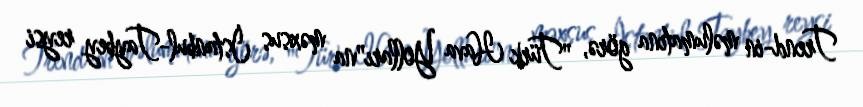
Trend-in məlumatına görə, "Türk Hava Yolları"na məxsus İstanbul-Taybey reysi